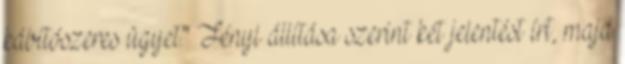
kábítószeres ügyet." Fényi állítása szerint két jelentést írt, majd